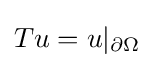
{\textstyle Tu=u|_{\partial \Omega }}